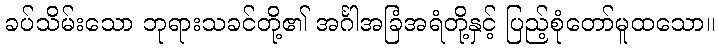
ခပ်သိမ်းသော ဘုရားသခင်တို့၏ အင်္ဂါအခြံအရံတို့နှင့် ပြည့်စုံတော်မူထသော။